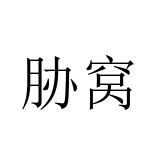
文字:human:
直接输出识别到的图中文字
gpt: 胁窝